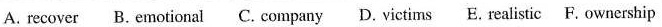
A. recover B. Emotional C. Company D. Victims E. Realistic F. Ownership